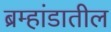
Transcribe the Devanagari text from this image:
ब्रम्हांडातील